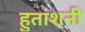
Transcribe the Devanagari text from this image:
हुताशनी